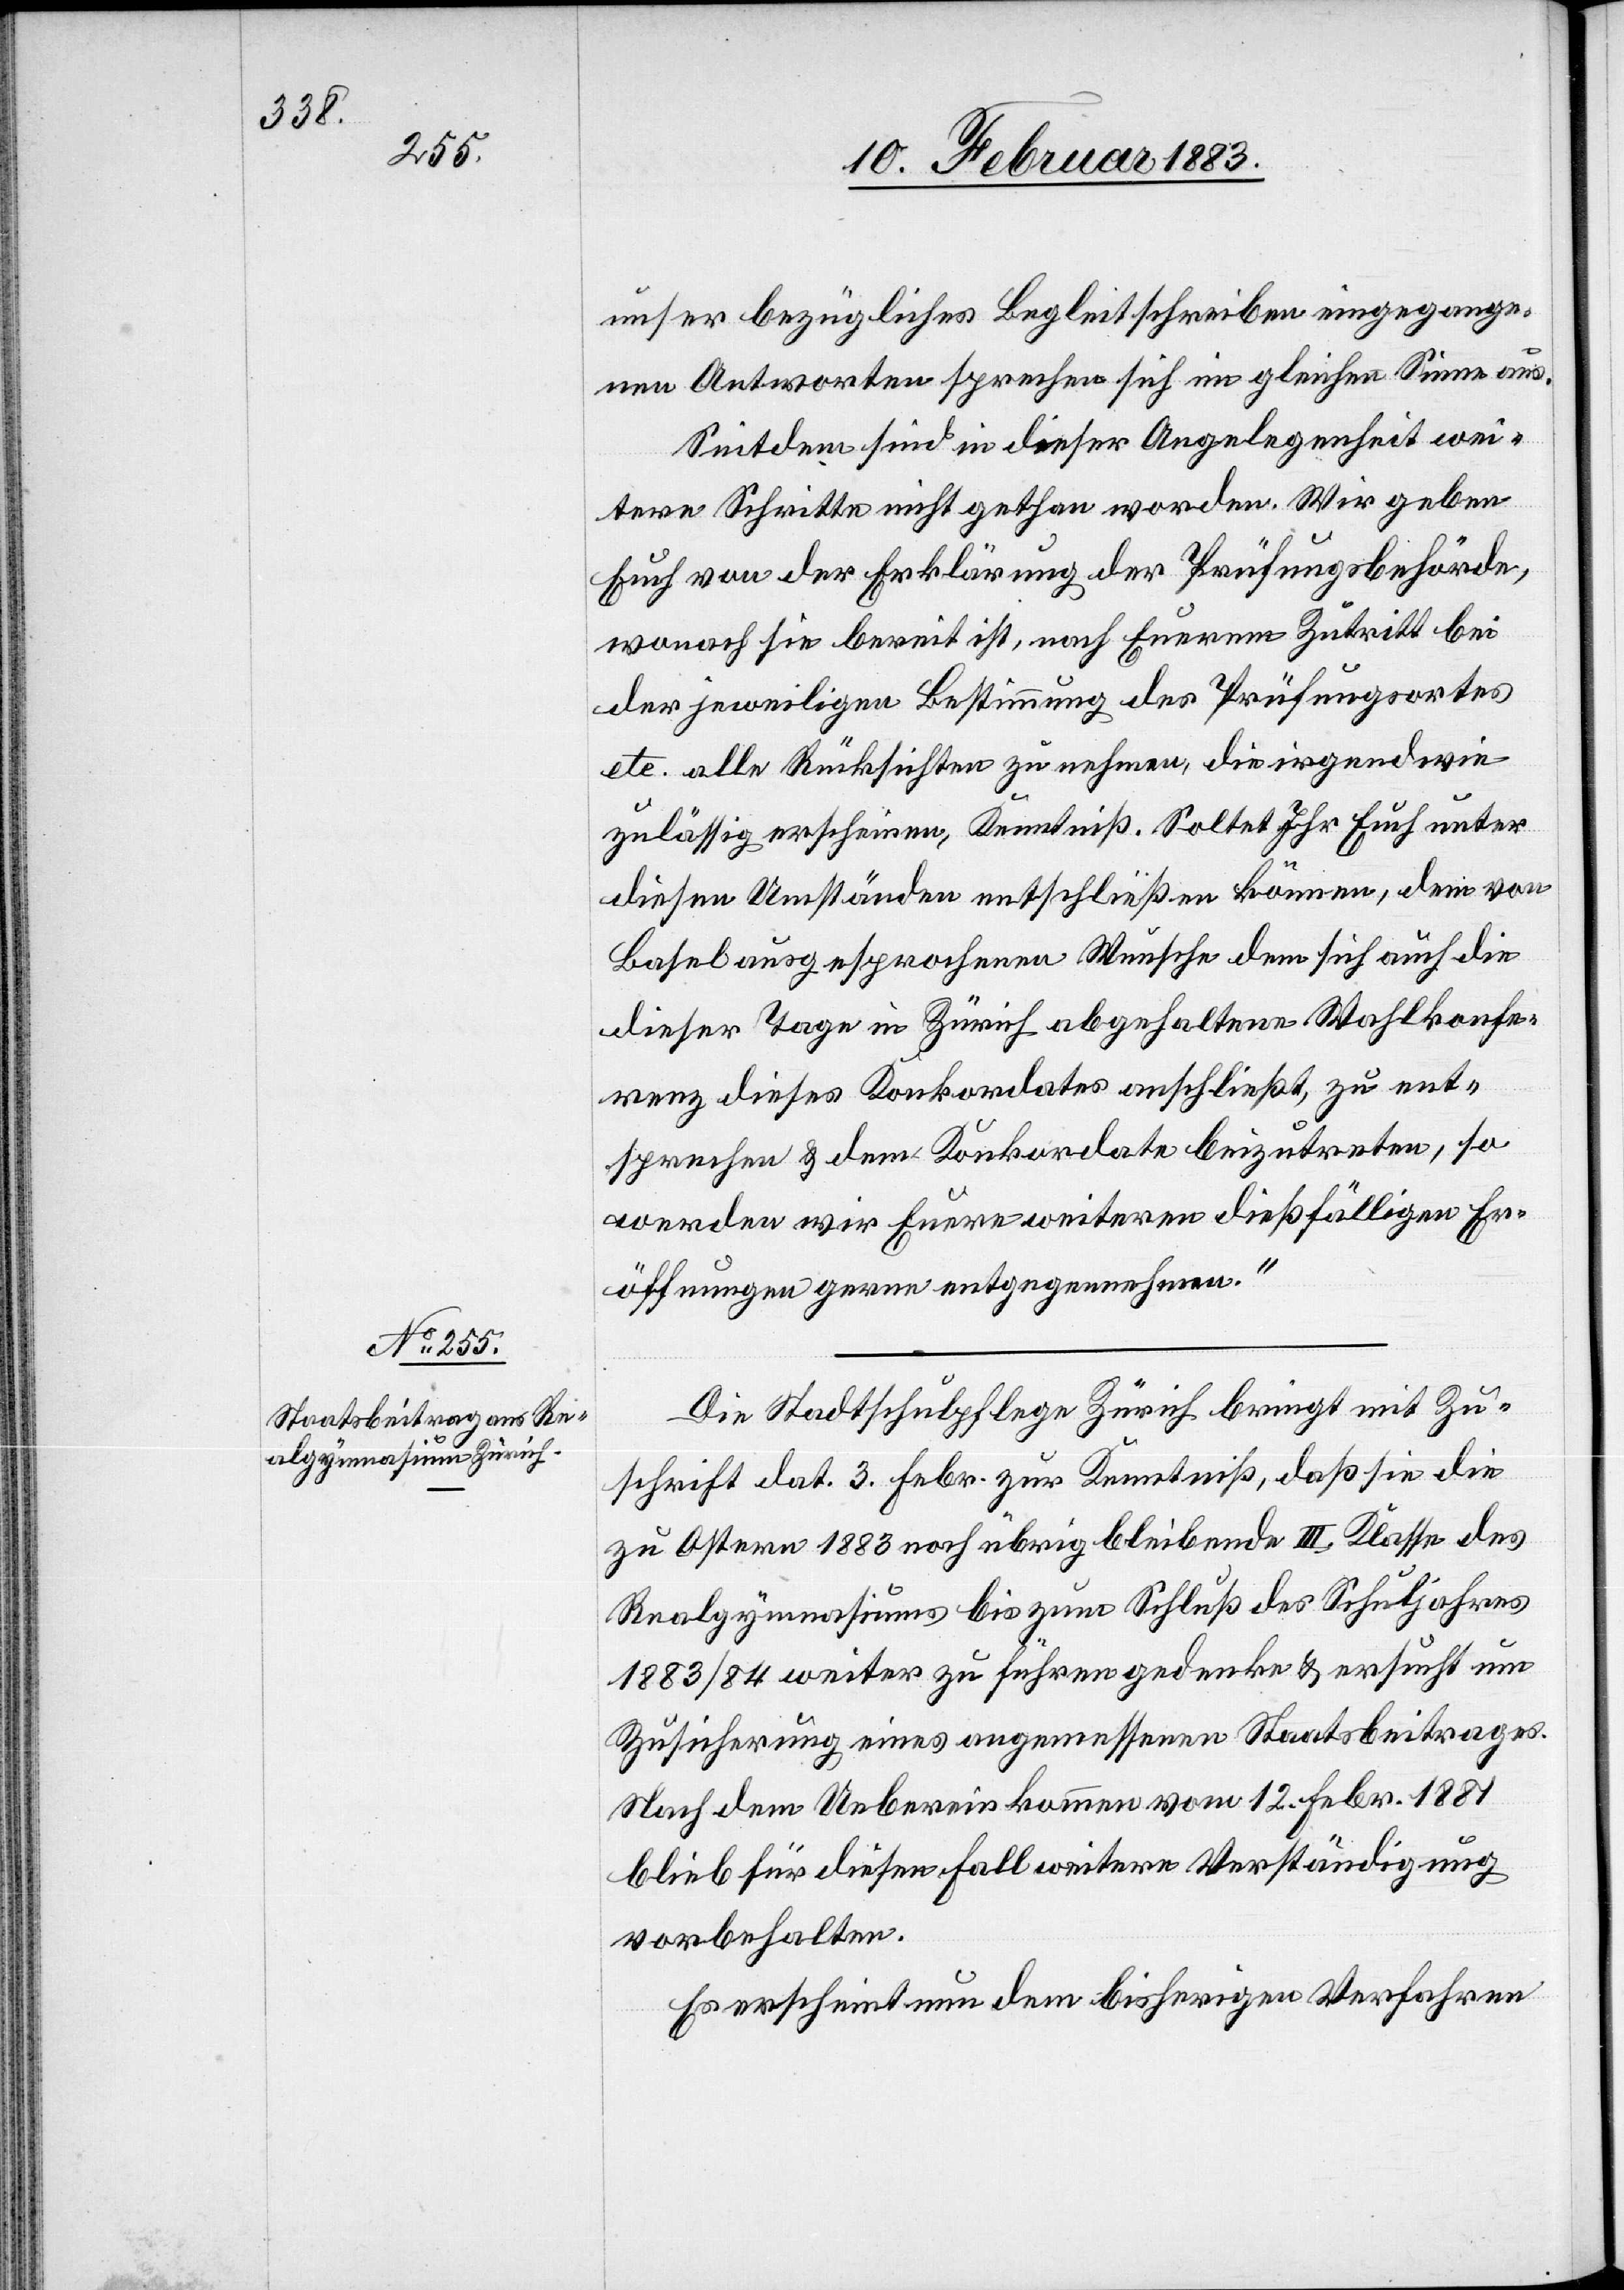
unser bezügliches Begleitschreiben eingegange¬
nen Antworten sprechen sich im gleichen Sinne aus.
Seitdem sind in dieser Angelegenheit wei¬
tere Schritte nicht gethan worden. Wir geben
Euch von der Erklärung der Prüfungsbehörde,
wonach sie bereit ist, nach Euerem Zutritt bei
der jeweiligen Bestimmung des Prüfungsortes
etc. alle Rücksichten zu nehmen, die irgendwie
zulässig erscheinen, Kenntniß. Soltet [sic!] Ihr Euch unter
diesen Umständen entschließen können, dem von
Basel ausgesprochenen Wunsche dem sich auch die
dieser Tage in Zürich abgehaltene Wahlkonfe¬
renz dieses Konkordates anschließt, zu ent¬
sprechen & dem Konkordate beizutreten, so
werden wir Euere weiteren dießfälligen Er¬
öffnungen gerne entgegennehmen.“
Die Stadtschulpflege Zürich bringt mit Zu¬
schrift dat. 3. Febr. zur Kenntniß, daß sie die
zu Ostern 1883 noch übrig bleibende III. Klasse des
Realgymnasiums bis zum Schluß des Schuljahres
1883/84 weiter zu führen gedenke & ersucht um
Zusicherung eines angemessenen Staatsbeitrages.
Nach dem Uebereinkommen vom 12. Febr. 1881
blieb für diesen Fall weitere Verständigung
vorbehalten.
Es erscheint nun dem bisherigen Verfahren